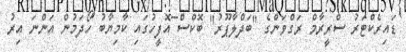
ޑައިރެކްޓަރު ސްރީރާމް ރަގްވަންގެ "ބަދްލާޕޫރު" ބޮކްސް އޮފީހުގައި ކާމިޔާބު ހޯދަމުން އަންނަ އިރު